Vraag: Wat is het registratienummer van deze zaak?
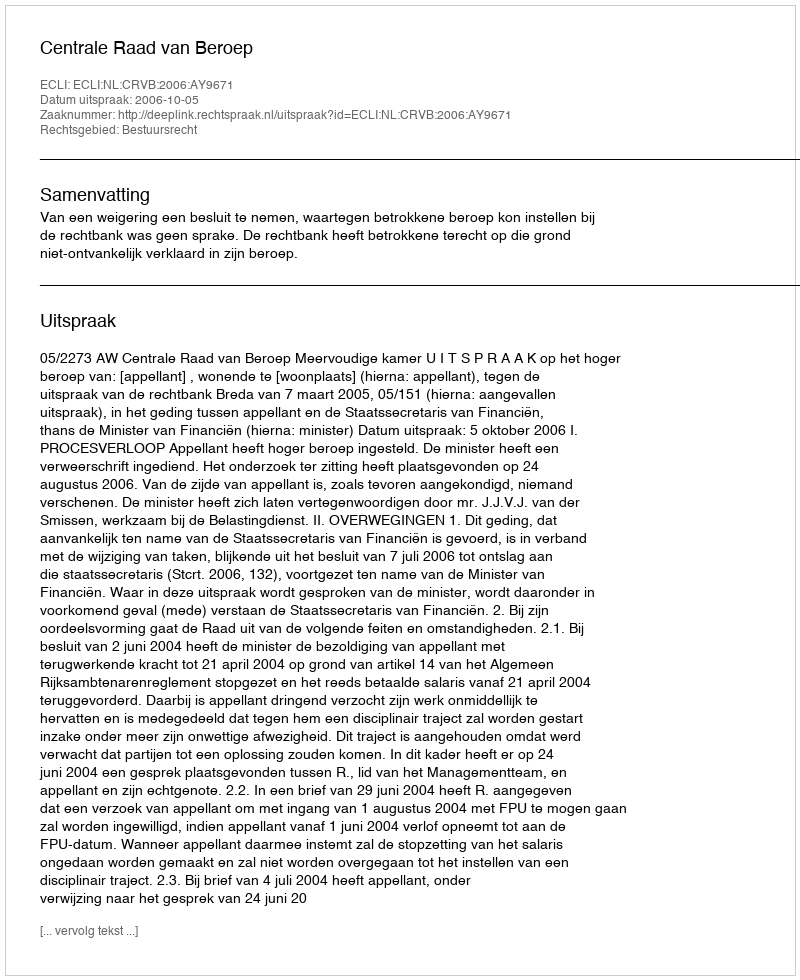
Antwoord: http://deeplink.rechtspraak.nl/uitspraak?id=ECLI:NL:CRVB:2006:AY9671